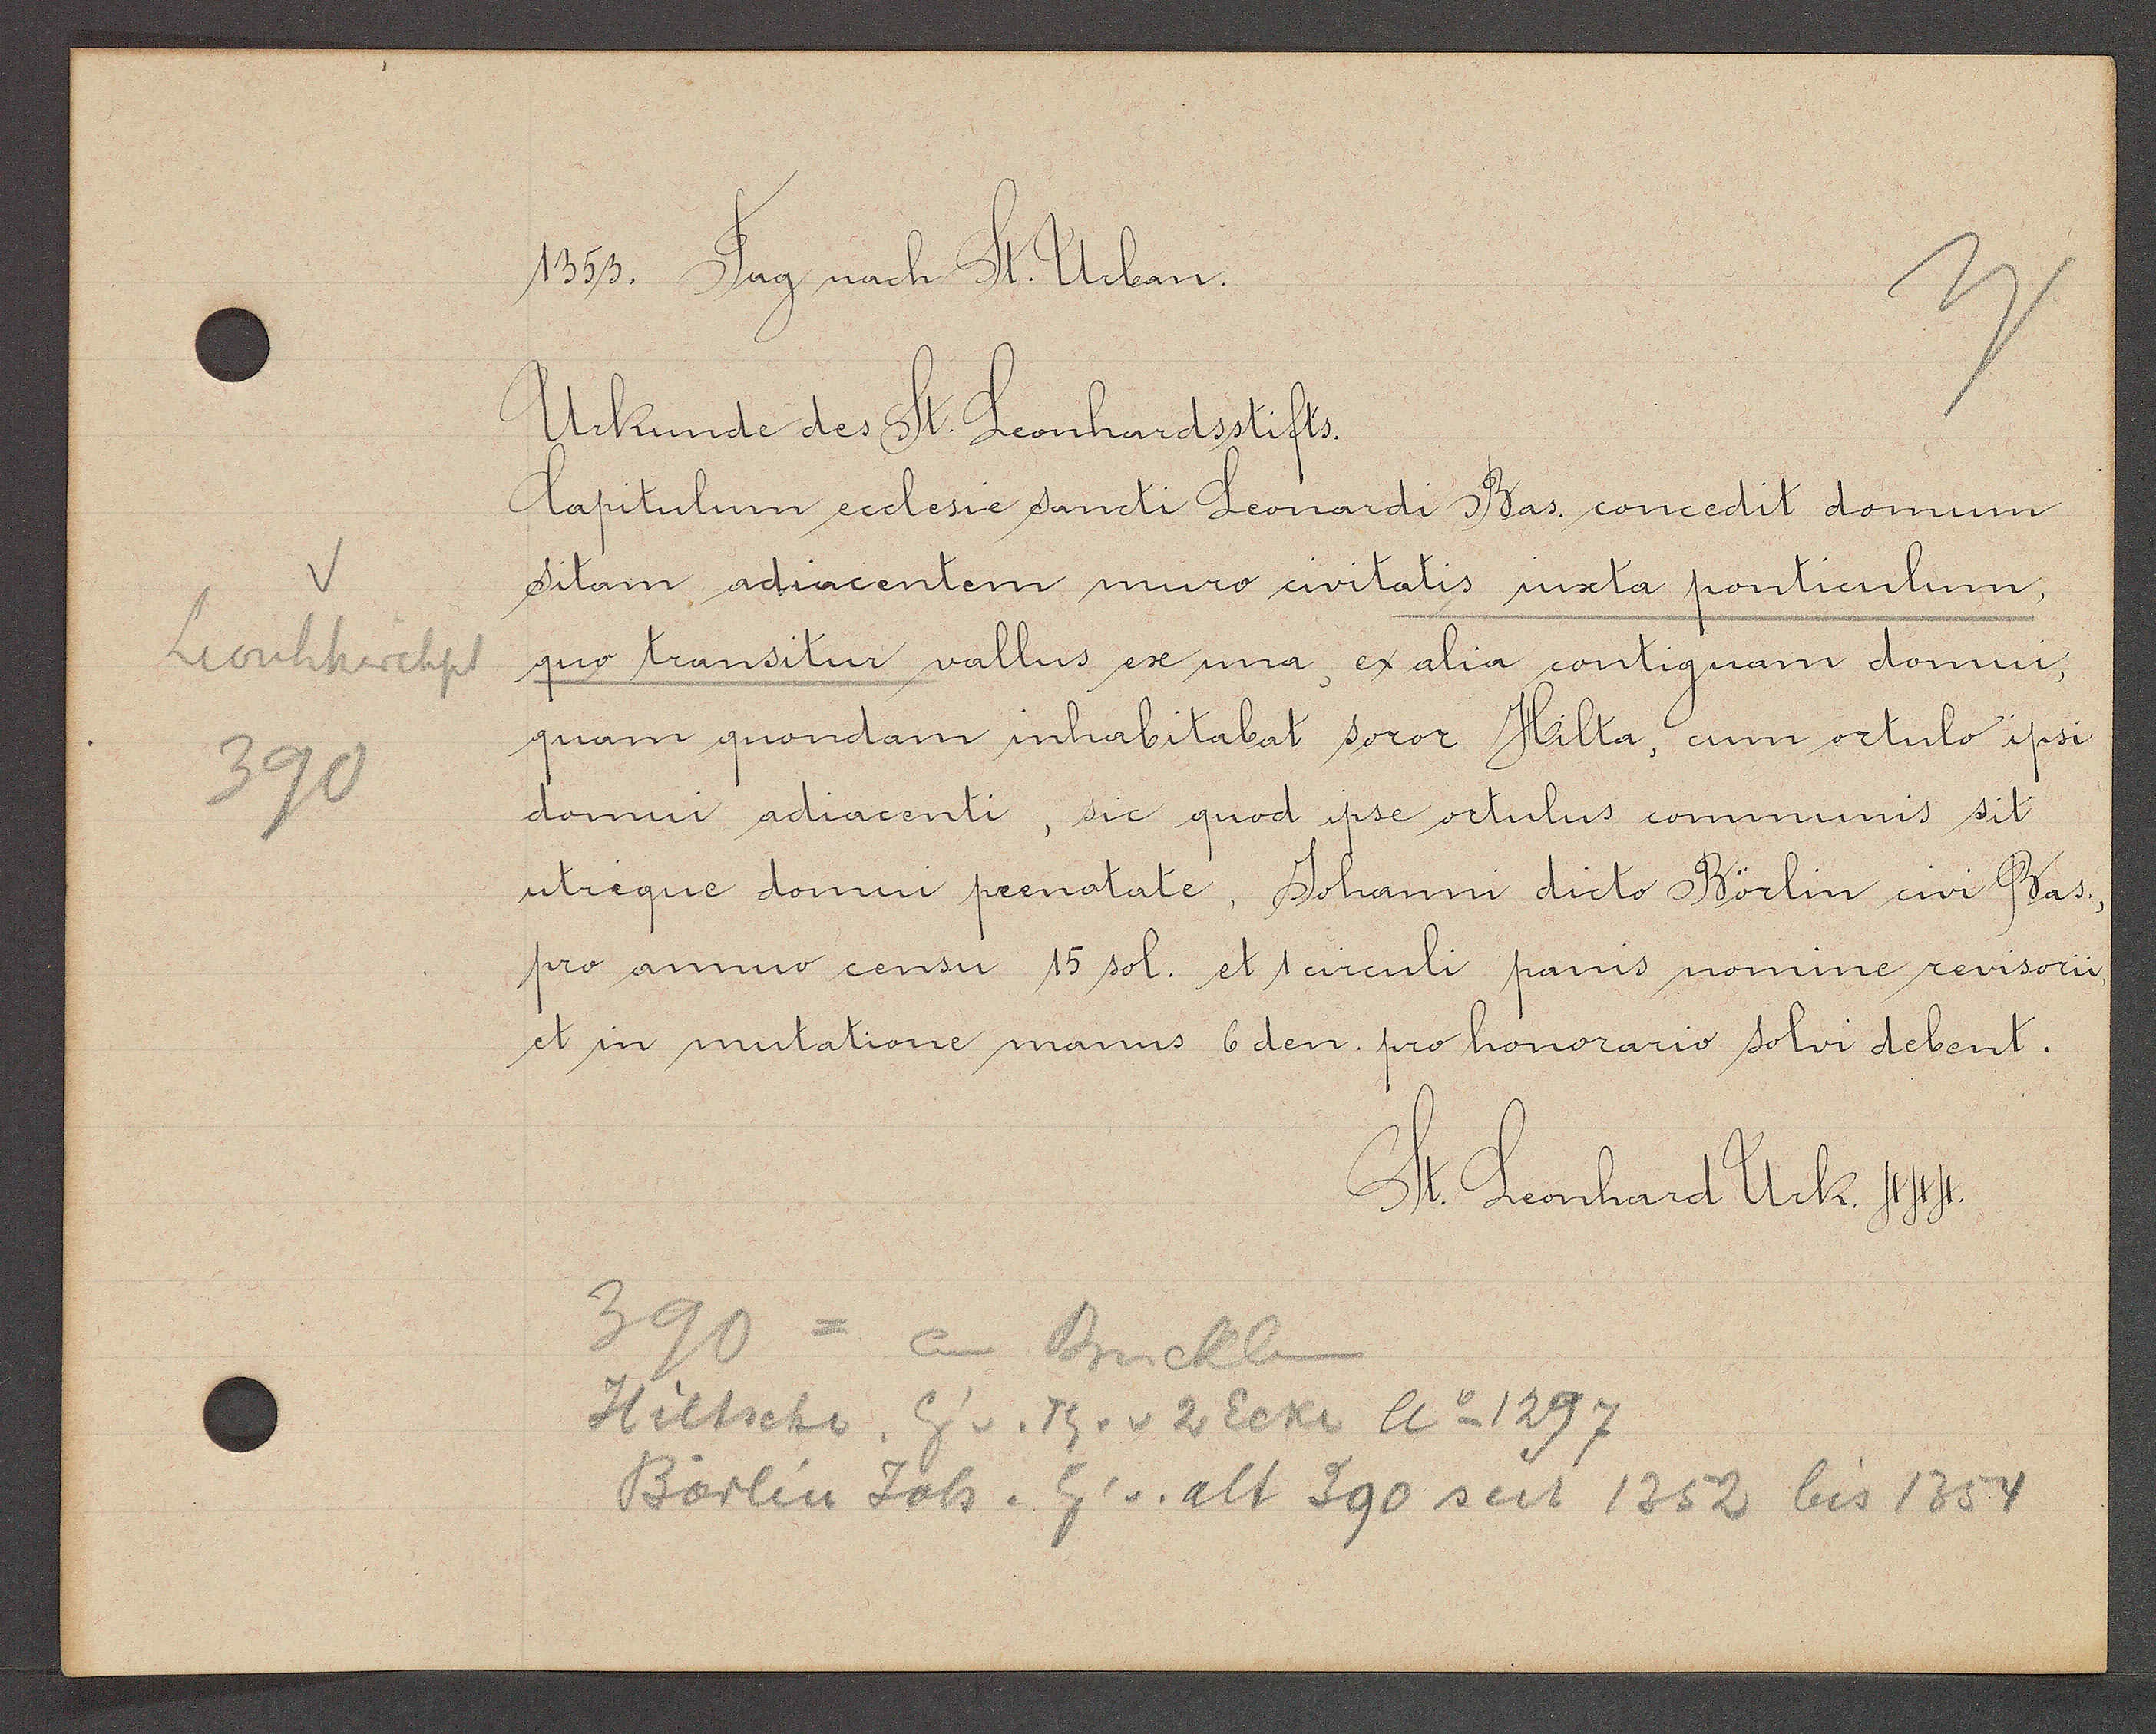
Transcript:
V
Leonhkirchpl
390

1353. Tag nach St. Urban.

Urkunde des St. Leonhardsstifts.
Capitulum ecclesie sancti Leonardi Bas. concedit domum
Sitam adiacenten muro civitatis iuxta ponticulum,
quo transitur vallus ex una ex alia contiguam domui,
quam quondam inhabitabat soror Hilta, cum ortulo ipsi
domui adiacenti, sic quod ipse ortulus communis sit
utrique domui prenotate, Johanni dicto Börlin civi Bas.
pro annuo censu 15 sol. et 1 circuli panis nomine revisorii
et in mutatione manus 6 den. pro honorario solvi debent.

St. Leonhard Urk. 444.

390
an Brucklin
Hiltscho Eig v. Th. v 2 Ecke Ao 1297
Börlin Joh. Eig v. alt 390 seit 1352 bis 1354